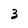
Character: 3